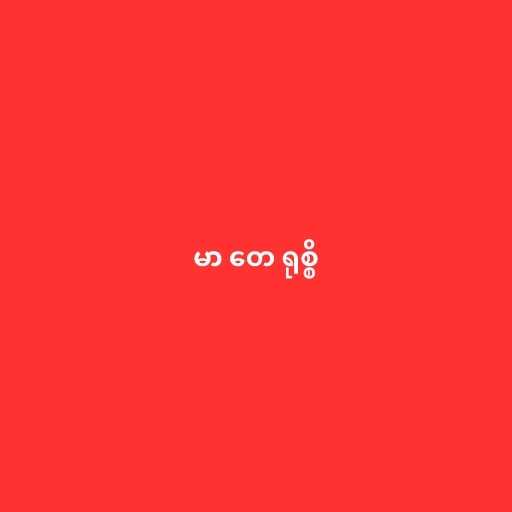
မာ တေ ရုစ္စိ